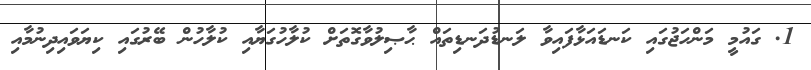
1. ގައުމީ މަންހަޖުގައި ކަނޑައަޅާފައިވާ ލަނޑުދަނޑިތައް ޙާޞިލުވާގޮތަށް ކުލާހުގަޔާއި ކުލާހުން ބޭރުގައި ކިޔަވައިދިނުމާއި